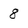
Character: 8